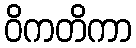
ဝိကတိကာ